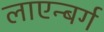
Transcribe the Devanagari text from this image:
लाएन्बर्ग